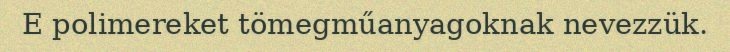
E polimereket tömegműanyagoknak nevezzük.